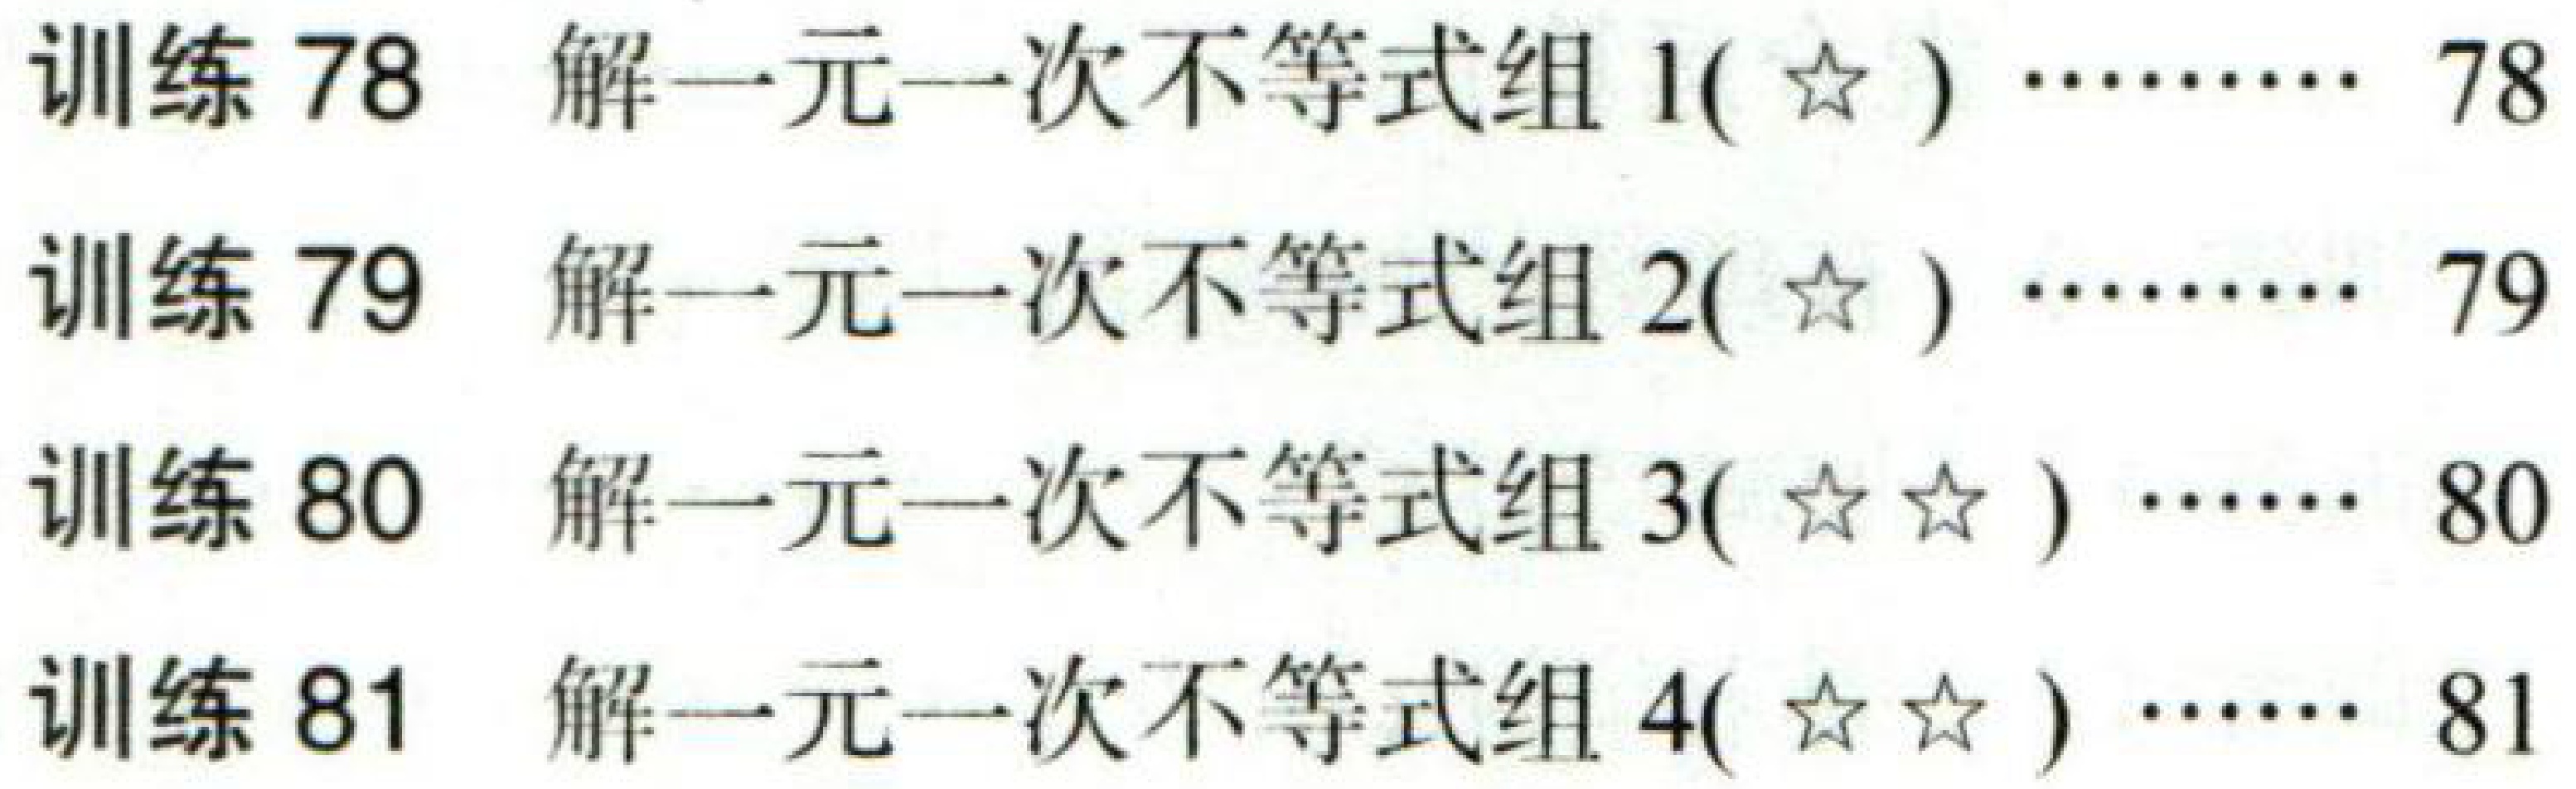
训练 78 解一元一次不等式组 1($\star$) $\cdots\cdots$ 78\\
训练 79 解一元一次不等式组 2($\star$) $\cdots\cdots$ 79\\
训练 80 解一元一次不等式组 3($\star\star$) $\cdots\cdots$ 80\\
训练 81 解一元一次不等式组 4($\star\star$) $\cdots\cdots$ 81